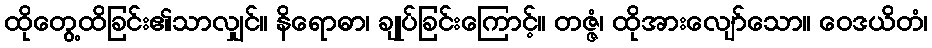
ထိုတွေ့ထိခြင်း၏သာလျှင်။ နိရောဓာ၊ ချုပ်ခြင်းကြောင့်။ တဇ္ဇံ၊ ထိုအားလျော်သော။ ဝေဒယိတံ၊